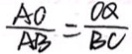
\frac { A O } { A B } = \frac { O Q } { B C }